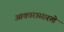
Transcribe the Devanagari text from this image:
आकारासारखे